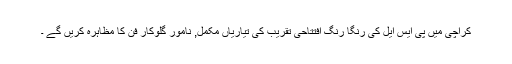
کراچی میں پی ایس ایل کی رنگا رنگ افتتاحی تقریب کی تیاریاں مکمل, نامور گلوکار فن کا مظاہرہ کریں گے ۔